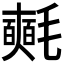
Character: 𣰰